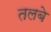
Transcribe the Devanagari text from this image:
तलबे